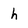
Character: h